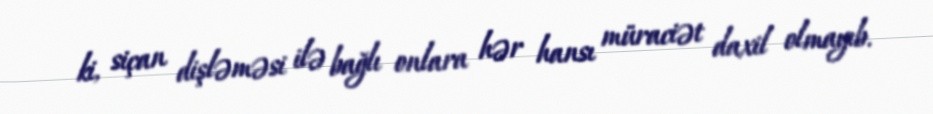
ki, siçan dişləməsi ilə bağlı onlara hər hansı müraciət daxil olmayıb.